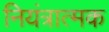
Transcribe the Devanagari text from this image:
नियंत्रात्मक